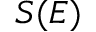
S ( E )